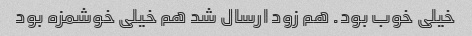
خیلی خوب بود. هم زود ارسال شد هم خیلی خوشمزه بود